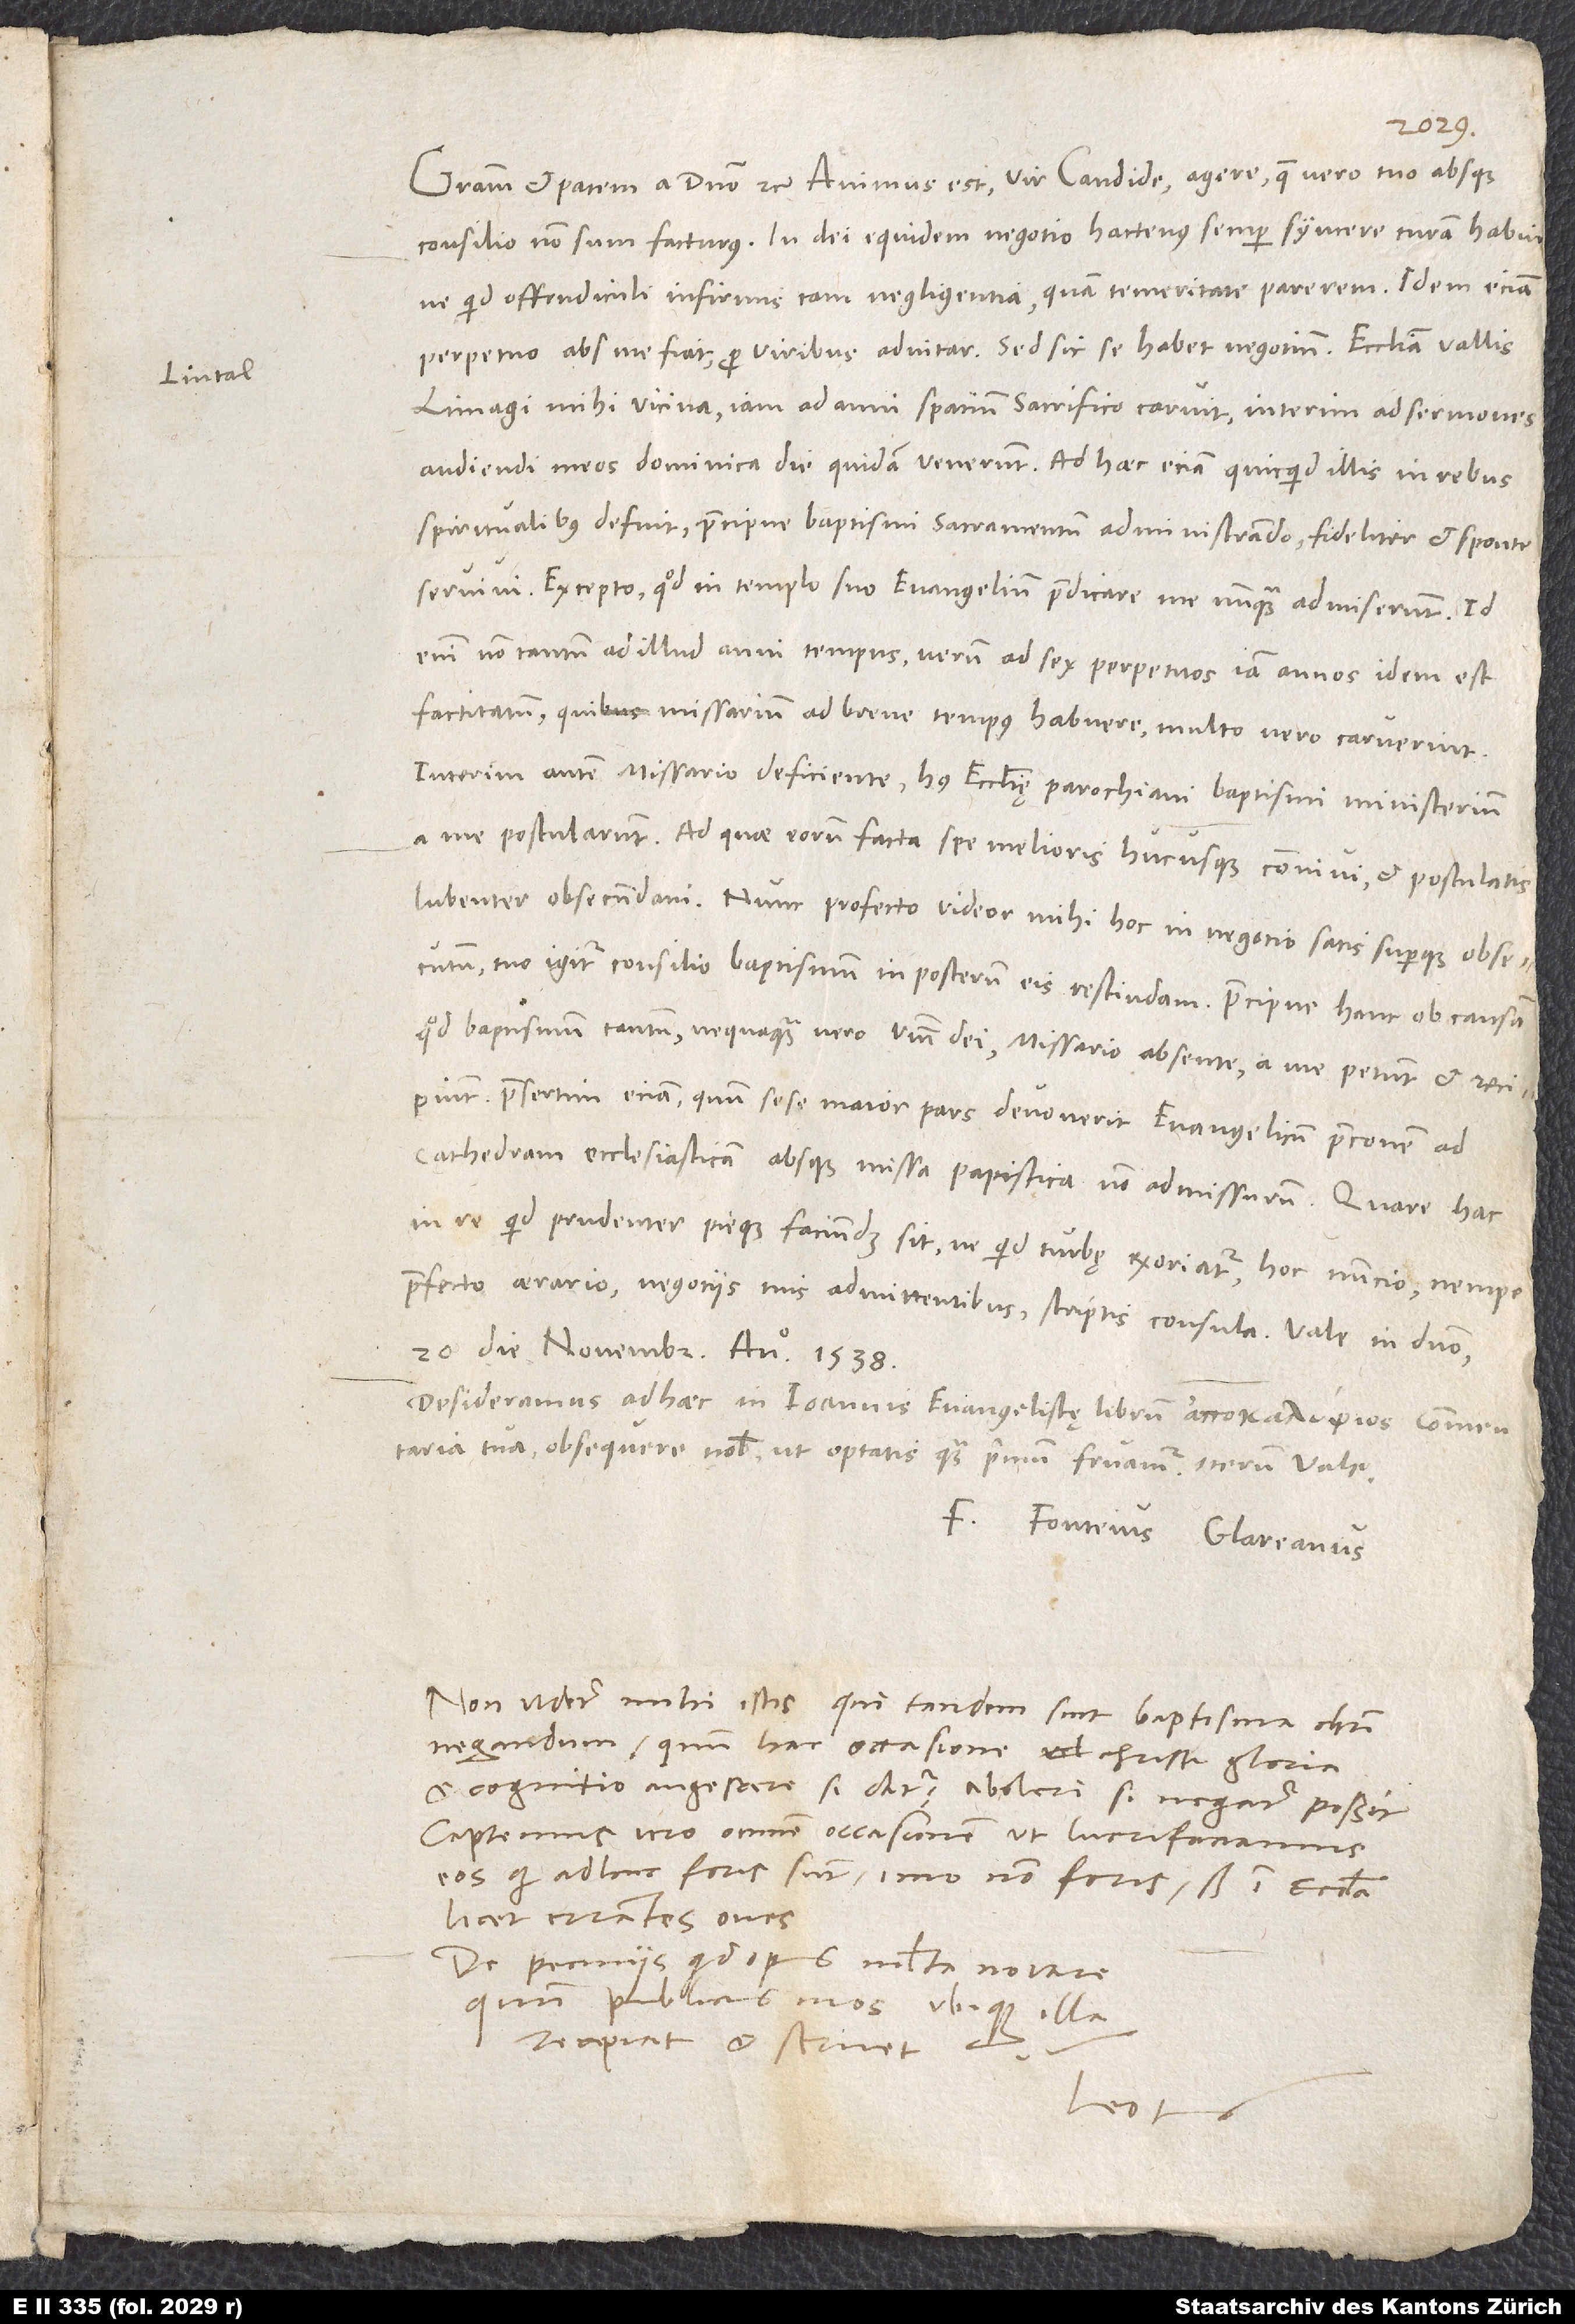
Gratiam et pacem a domino etc. Animus est, vir candide, agere, quae vero tuo absque
consilio non sum facturus. In dei equidem negotio hactenus semper syncere curam habui,
ne quid offendiculi infirmis tam negligentia quam temeritate parerem. Idem eciam
perpetuo abs me fiat, pro viribus adnitar. Sed sic se habet negotium: Ecclesia Vallis
Limagi, mihi vicina, iam ad anni spacium sacrifico caruit; interim ad sermones
audiendi meos dominica die quidam venerunt. Ad haec eciam, quicquid illis in rebus
spiritualibus defuit, praecipue baptismi sacramentum administrando, fideliter et sponte
servivi. Excepto, quod in templo suo evangelium praedicare me nunquam admiserunt. Id
enim non tantum ad illud anni tempus, verum ad sex perpetuos iam annos idem est
factitatum, quibus missarium ad breve tempus habuere, multo vero caruerunt.
Interim autem missario deficiente huius ecclesię parochiani baptismi ministerium
a me postularunt. Ad quae eorum facta spe melioris hucusque convivi et postulatis
lubenter obsecundavi. Nunc profecto videor mihi hoc in negocio satis superque obsecutum;
tuo igitur consilio baptismum in posterum eis rescindam, praecipue hanc ob causam,
quod baptismum tantum, nequaquam vero verbum dei missario absente a me petunt et recipiunt,
praesertim eciam, quum sese maior pars devoverit evangelicum praeconem ad
cathedram ecclesiasticam absque missa papistica non admissurum. Quare hac
in re quid prudenter pieque faciundum sit, ne quid turbę exoriatur, hoc nuncio, nempe
praefecto aerario, negotiis tuis admittentibus, scriptis consule. Vale in domino.
20. die novembris anno 1538.
Desideramus ad haec in Ioannis evangelistę librum commentaria
tua; obsequere nobis, ut optatis quam primum fruamur. Iterum vale.
F. Fonteius Glareanus.